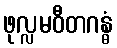
ဖုလ္လမဝီတဂန္ဓံ